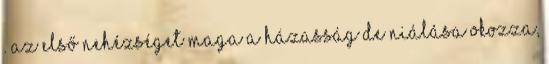
. Az első nehézséget maga a házasság deﬁniálása okozza,